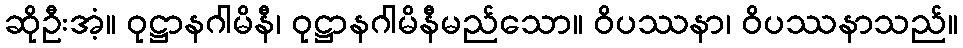
ဆိုဦးအံ့။ ဝုဋ္ဌာနဂါမိနီ၊ ဝုဋ္ဌာနဂါမိနီမည်သော။ ဝိပဿနာ၊ ဝိပဿနာသည်။